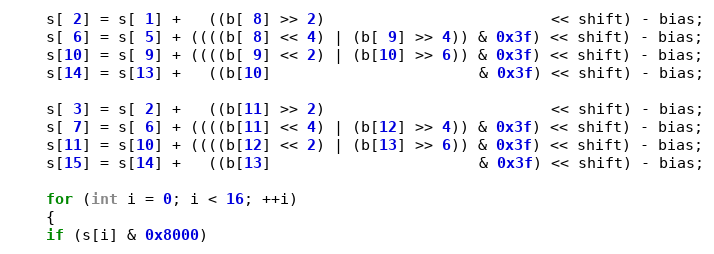
Language: C++
    s[ 2] = s[ 1] +   ((b[ 8] >> 2)                         << shift) - bias;
    s[ 6] = s[ 5] + ((((b[ 8] << 4) | (b[ 9] >> 4)) & 0x3f) << shift) - bias;
    s[10] = s[ 9] + ((((b[ 9] << 2) | (b[10] >> 6)) & 0x3f) << shift) - bias;
    s[14] = s[13] +   ((b[10]                       & 0x3f) << shift) - bias;

    s[ 3] = s[ 2] +   ((b[11] >> 2)                         << shift) - bias;
    s[ 7] = s[ 6] + ((((b[11] << 4) | (b[12] >> 4)) & 0x3f) << shift) - bias;
    s[11] = s[10] + ((((b[12] << 2) | (b[13] >> 6)) & 0x3f) << shift) - bias;
    s[15] = s[14] +   ((b[13]                       & 0x3f) << shift) - bias;

    for (int i = 0; i < 16; ++i)
    {
	if (s[i] & 0x8000)